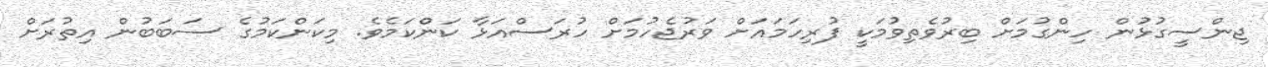
ޖިންސީގުޅުން ހިންގުމަށް ބިރުވެތިވުމަކީ ފުރިހަމައަށް ވަރުޖެހުމަށް ހުރަސްއަޅާ ކަންކަމެވެ. މިކަންކަމުގެ ސަބަބުން އިތުރަށް